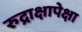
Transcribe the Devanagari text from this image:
रुद्राक्षापेक्षा